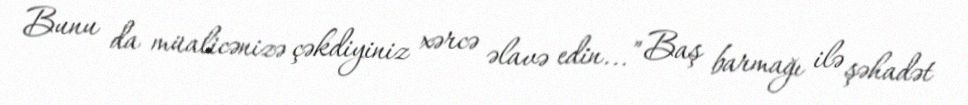
Bunu da müalicənizə çəkdiyiniz xərcə əlavə edin...” Baş barmağı ilə şəhadət